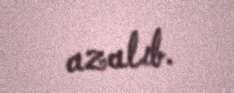
azalıb.